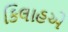
કિલાહએ